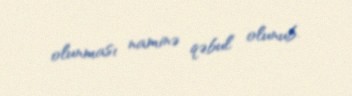
olunması naminə qəbul olunub.